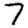
Digit: 7